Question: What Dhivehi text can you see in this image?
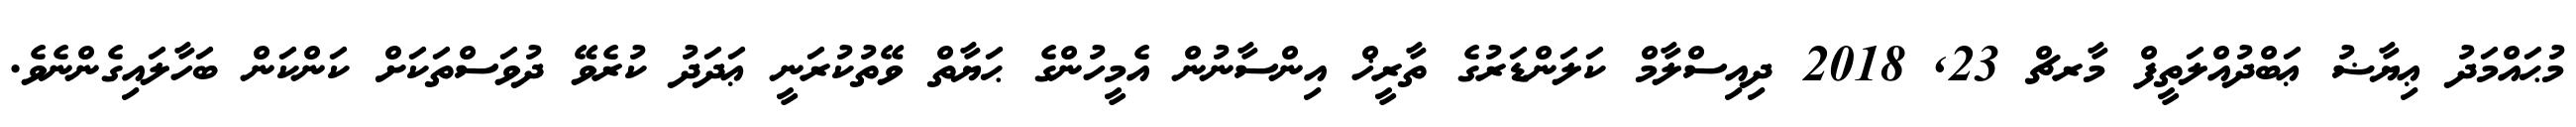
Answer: މުޙައްމަދު ޢިޔާޟު ޢަބްދުއްލަތީފް މާރޗް 23, 2018 ދިއިސްލާމް ކަލަންޑަރުގެ ތާރީޚް އިންސާނުން އެމީހުންގެ ޙަޔާތް ވޭތުކުރަނީ ޢަދަދު ކުރެވޭ ދުވަސްތަކަށް ކަންކަން ބަހާލައިގެންނެވެ.